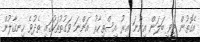
އެގޮތުން ޓީވީ ބަލަން އިންނަ އިރު އިސްތިހާރު އަންނަ ވަގުތުތަކުގައި ތެދުވެ ހިނގާލުން